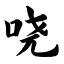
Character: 哓